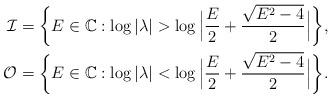
LaTeX: \begin{align*}\mathcal{I}&=\bigg\{E\in \mathbb{C}: \log|\lambda| > \log \Big|\frac{E}{2}+\frac{\sqrt{E^{2}-4}}{2}\Big| \bigg\},\\\mathcal{O}&=\bigg\{E\in \mathbb{C}: \log|\lambda| < \log \Big|\frac{E}{2}+\frac{\sqrt{E^{2}-4}}{2}\Big| \bigg\}.\end{align*}